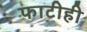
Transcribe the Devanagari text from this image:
फाटीही